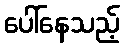
ပေါ်နေသည့်